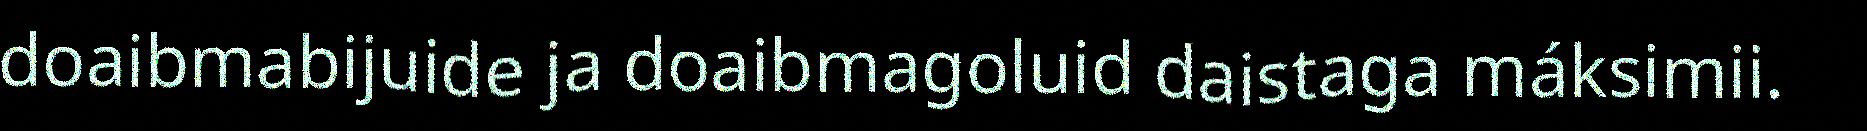
doaibmabijuide ja doaibmagoluid daistaga máksimii.